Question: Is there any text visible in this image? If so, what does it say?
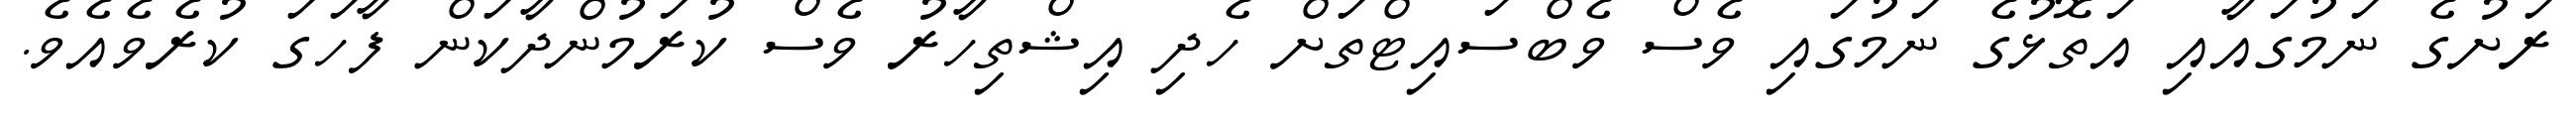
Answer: ރަށުގެ ނަމުގައާއި އަތޮޅުގެ ނަމުގައި ވެސް ވެބްސައިޓްތަށް ހެދި އިޝްތިހާރު ވެސް ކުރަމުންދާކަން ފާހަގަ ކުރެވެއެވެ.